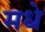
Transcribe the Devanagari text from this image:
मधे